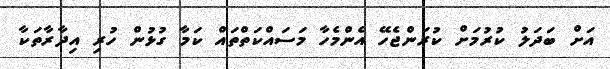
އަށް ބަދަލު ކުރުމަށް ކުރަންޖެހޭ އެންމެހާ މަސައްކަތްތައް ކަމާ ގުޅުން ހުރި އިދާރާތަކާ